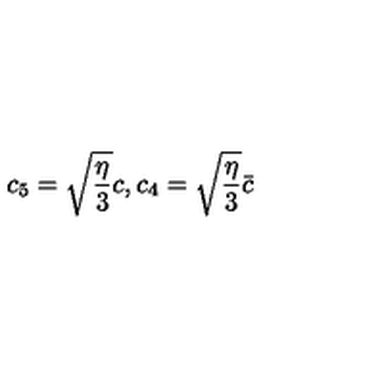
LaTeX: c _ { 5 } = \sqrt { \frac { \eta } { 3 } } c , c _ { 4 } = \sqrt { \frac { \eta } { 3 } } \bar { c }